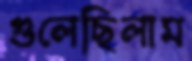
গুলেছিলাম